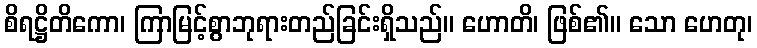
စိရဋ္ဌိတိကော၊ ကြာမြင့်စွာဘုရားတည်ခြင်းရှိသည်။ ဟောတိ၊ ဖြစ်၏။ သော ဟေတု၊